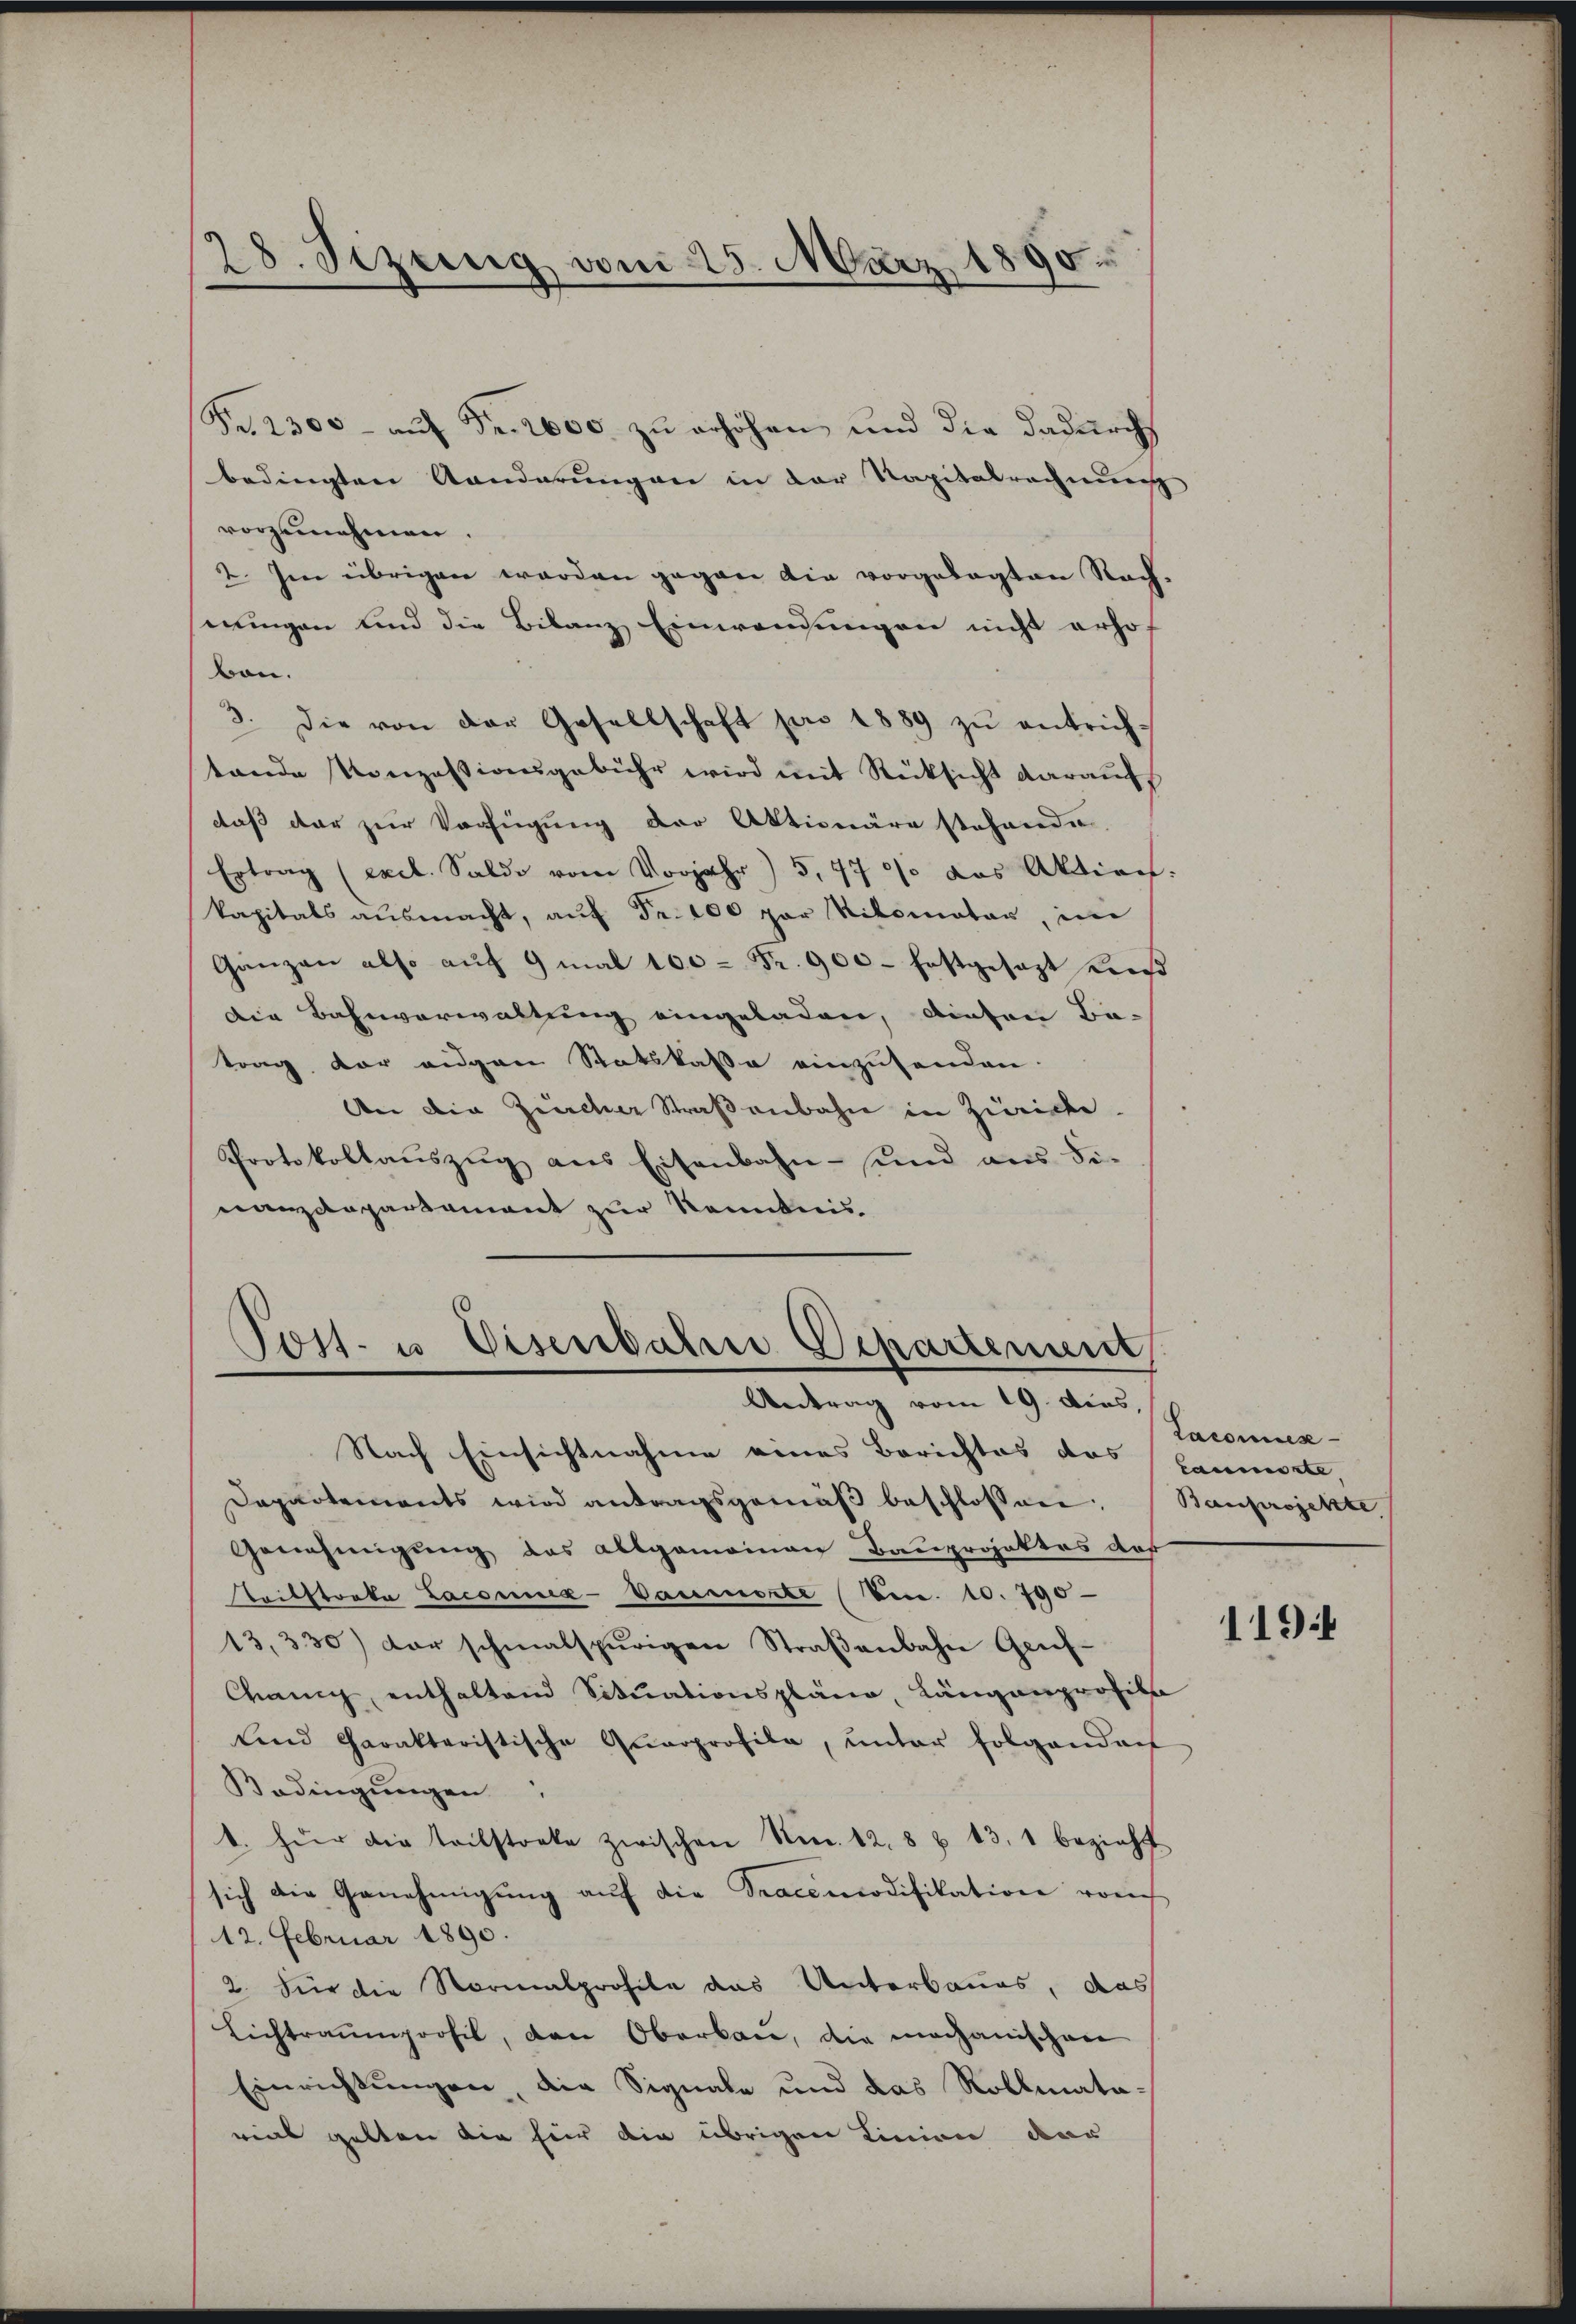
28. Sezung vom 25. März 1890.

Fr. 2300- aŭf Fr. 2000 zu erhöhen und die dadurch
bedingten Landerŭngen in der Kapitalrechnŭng
vorzunehmen.
2. Im übrigen werden gegen die vorgelegten Rachningen und die Bilanz Einwendungen nicht erho-
von.
3. Die von der Gesellschaft pro 1889 zŭ entrich-
tande Konzessionsgebühr wird mit Rücksicht darauf
daß der zur Verfügung der Aktionäre stehende
Ertrag (exel. Saldo vom Vorjahr) 5,770/ das Aktiech.
kapitals aŭsmacht, aŭf Fr. 100 par Nitomater, in
Ganzen also auf 9 mal 100 = Fr. 900 – festgesagt hieß
Die Bahnverwaltung eingeladen, diesen Ba-
trag der eigen Statskasse einzuhanden.
An die Zürcher Straßenbahn in Zürich.
Protokollaŭszŭg ans Eisenbahn- und ans Fi-
nanzdepartement zur Kenntnis¬

Post- u Eisenbahn Departinent
Antrag vom 19. dies,

Nach Einsichtnahme eines Berichtes das Baumente,
Departements wird antragsgemäβ beschlossen: Bauprojekte
Genehmigung das allgemeinen Bauprojektes dof
Leibstraka Lacomie-Vaumerte (Fec. 10. 790
13,330) der schmalspurigen Straßenbahn Genf¬
Canig, enthaltend Situationspläne, Längenprofils
und Charakteristische Qŭarprofile, ŭnter folgendach
Bedingungen
t. Für die Teilstocke zwischen Nr. 12. 8 § 43, 1 bezieht
sich die Genehmigŭng aŭf die Tracemodifikation vom
12. Februar 1890.
2. Für die Normalprofile das Unterbaues, das
Lichtraumprofil, den Oberbau, die mechanischen
Einrichtungen, die Signale und das Rollmatavial gelten die für die übrigen Linien dar

Taconues

119